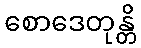
စောဒေတုန္တိ